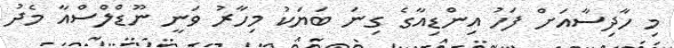
މި ހާދިސާއަށް ފަހު އިންޑިއާގެ ގިނަ ބަޔަކު މިހާރު ވަނީ ނޫޑްލްސްއާ މެދު